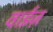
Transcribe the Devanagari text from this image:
वाईज़